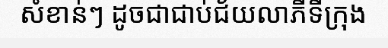
សំខាន់ៗ ដូចជាជាប់ជ័យលាភីទីក្រុង